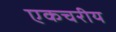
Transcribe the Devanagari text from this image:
एकचरीय